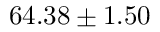
6 4 . 3 8 \pm 1 . 5 0